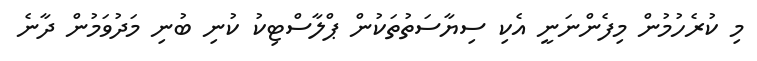
މި ކުރެހުމުން މިފެންނަނީ އެކި ސިޔާސަތުތަކުން ޕްލާސްޓިކު ކުނި ބުނި މަދުވަމުން ދާނެ